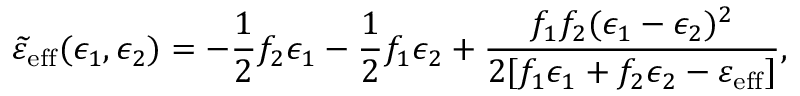
\widetilde { \varepsilon } _ { \mathrm { e f f } } ( \epsilon _ { 1 } , \epsilon _ { 2 } ) = - \frac { 1 } { 2 } f _ { 2 } \epsilon _ { 1 } - \frac { 1 } { 2 } f _ { 1 } \epsilon _ { 2 } + \frac { f _ { 1 } f _ { 2 } ( \epsilon _ { 1 } - \epsilon _ { 2 } ) ^ { 2 } } { 2 [ f _ { 1 } \epsilon _ { 1 } + f _ { 2 } \epsilon _ { 2 } - \varepsilon _ { \mathrm { e f f } } ] } ,